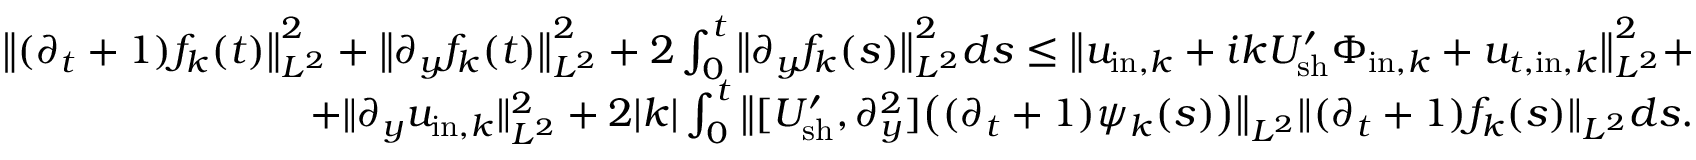
\begin{array} { r } { \big \| ( \partial _ { t } + 1 ) f _ { k } ( t ) \big \| _ { L ^ { 2 } } ^ { 2 } + \big \| \partial _ { y } f _ { k } ( t ) \big \| _ { L ^ { 2 } } ^ { 2 } + 2 \int _ { 0 } ^ { t } \big \| \partial _ { y } f _ { k } ( s ) \big \| _ { L ^ { 2 } } ^ { 2 } d s \leq \big \| u _ { \mathrm { i n } , k } + i k U _ { \mathrm { s h } } ^ { \prime } \Phi _ { \mathrm { i n } , k } + u _ { t , \mathrm { i n } , k } \big \| _ { L ^ { 2 } } ^ { 2 } + } \\ { + \| \partial _ { y } u _ { \mathrm { i n } , k } \| _ { L ^ { 2 } } ^ { 2 } + 2 | k | \int _ { 0 } ^ { t } \big \| [ U _ { \mathrm { s h } } ^ { \prime } , \partial _ { y } ^ { 2 } ] \big ( ( \partial _ { t } + 1 ) \psi _ { k } ( s ) \big ) \big \| _ { L ^ { 2 } } \| ( \partial _ { t } + 1 ) f _ { k } ( s ) \| _ { L ^ { 2 } } d s . } \end{array}